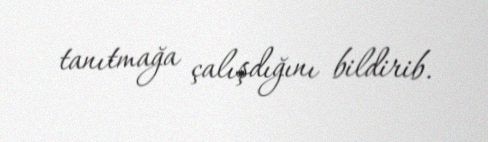
tanıtmağa çalışdığını bildirib.